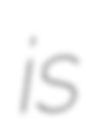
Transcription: is